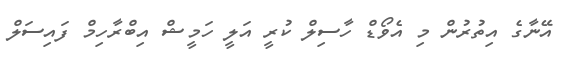
އޭނާގެ އިތުރުން މި އެވޯޑް ހާސިލް ކުރީ އަލީ ހަމީޝް އިބްރާހިމް ފައިސަލް